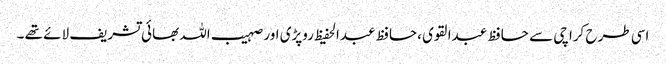
اسی طرح کراچی سے حافظ عبدالقوی ،حافظ عبدالحفیظ روپڑی اور صہیب اللہ بھائی تشریف لائے تھے ۔